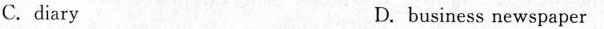
C. diary D. business newspaper